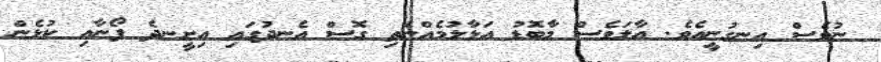
ނުވެސް އިނގުނީއެވެ. އާލަވެސް މާބޮޑު އަޅާލުމެއްނެތި ގޮސް އެނދުގައި އިށީނދެ ފޯނާއި ކުޅެން